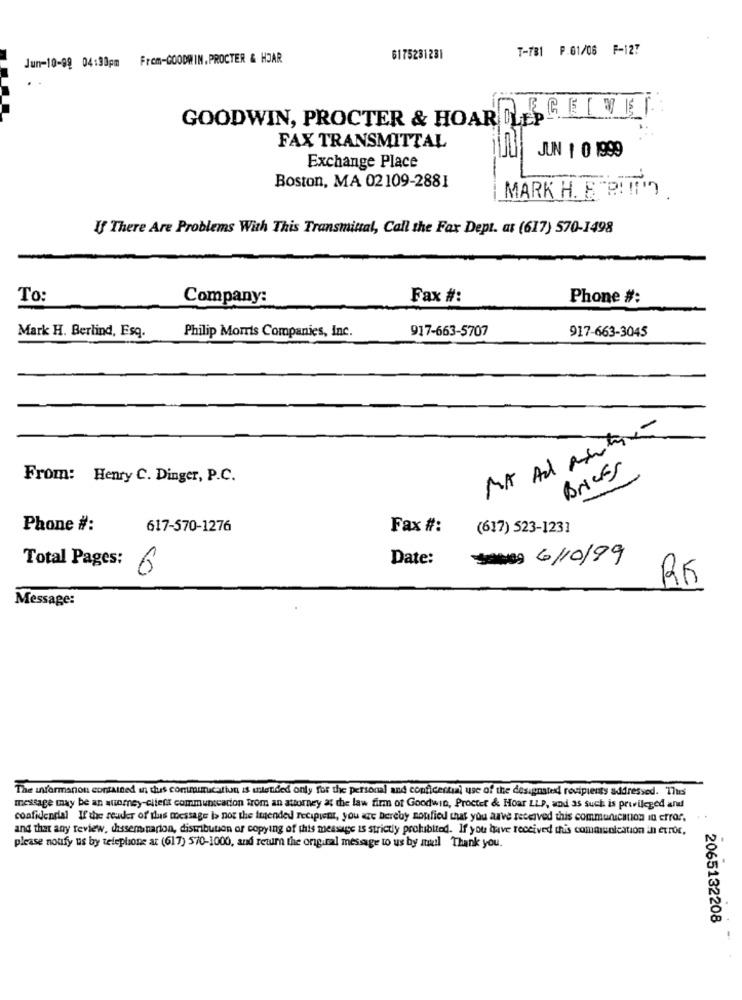
T-781 P.01/06 F-127
Jun-10-89 04:30pm From-GOODWIN. PROCTER & HJAR
6175281281
GOODWIN, PROCTER & HOARDHELG E [ MET.
FAX TRANSMITTAL
JUN 1 0 1999
Exchange Place
Boston, MA 02109-2881
MARK H. B. PITTIn
--
If There Are Problems With This Transmittal, Call the Fax Dept. at (617) 570-1498
To:
Company:
Fax #:
Phone #:
Mark H. Berlind, Esq.
Philip Morris Companies, Inc.
917-663-5707
917-663-3045
MA Ad Rutin
Bricks
From: Henry C. Dinger, P.C.
Phone #:
617-570-1276
Fax #:
(617) 523-1231
Date:
SANG: 6/10/99
Total Pages: 6
RF
Message:
The informanon contained in this communication is intended only for the personal and confidential use of the designated recipients addressed. Tues
message may be an wtoomey-client communication from an attorney at the law firm of Goodwin, Procter & Hoar LLP, and as such is privileged and
confidential If the reader of rus message is not the imended recipient, you are hereby notified that you aave received this communication in error,
and that any review, chasseminarion, distribution or copying of this message is strictly prohibited. If you have received this communication in error,
please notify us by telephone ar (617) 570-1000, and return the original message to us by mail Thank you.
2065132208